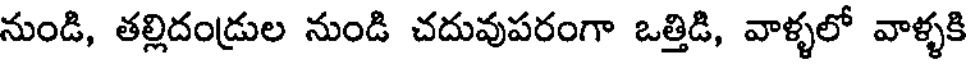
నుండి, తల్లిదండ్రుల నుండి చదువుపరంగా ఒత్తిడి, వాళ్ళలో వాళ్ళకి